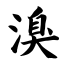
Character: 溴